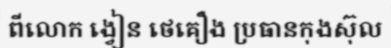
ពីលោក ង្វៀន ថេគឿង ប្រធានកុងស៊ុល